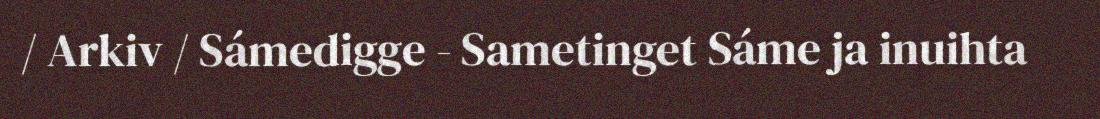
/ Arkiv / Sámedigge - Sametinget Sáme ja inuihta